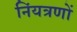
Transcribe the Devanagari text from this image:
निंयत्रणों